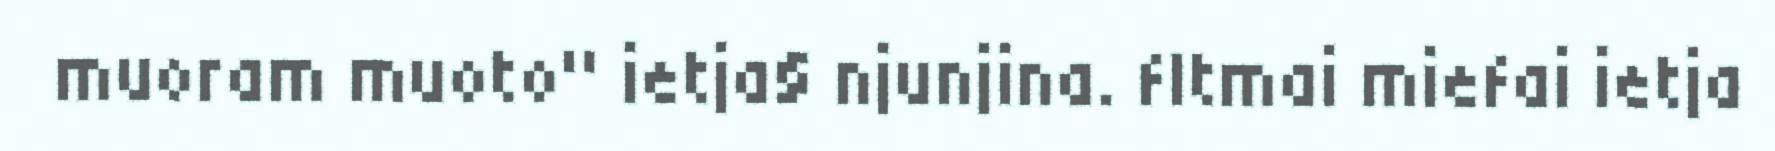
muoram muoto" ietja§ njunjina. fltmai miefai ietja